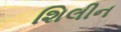
શિલીન